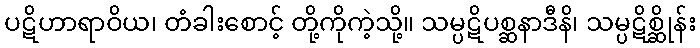
ပဋိဟာရာဝိယ၊ တံခါးစောင့် တို့ကိုကဲ့သို့။ သမ္ပဋိပစ္ဆနာဒီနိ၊ သမ္ပဋိစ္ဆိုန်း